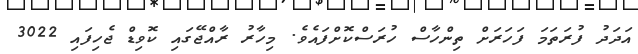
އަދަދު ފުރަތަމަ ފަހަރަށް ތިންހާސް ހުރަސްކޮށްފައެވެ. މިހާރު ރާއްޖޭގައި ކޮވިޑް ޖެހިފައި 3022